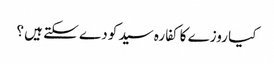
کیا روزے کا کفارہ سید کو دے سکتے ہیں ؟